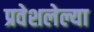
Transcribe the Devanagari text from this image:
प्रवेशलेल्या